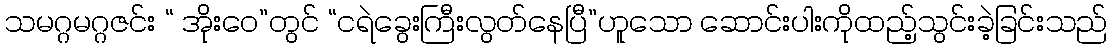
သမဂ္ဂမဂ္ဂဇင်း “ အိုးဝေ”တွင် “ငရဲခွေးကြီးလွတ်နေပြီ”ဟူသော ဆောင်းပါးကိုထည့်သွင်းခဲ့ခြင်းသည်